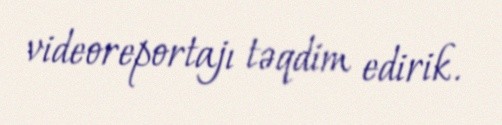
videoreportajı təqdim edirik.